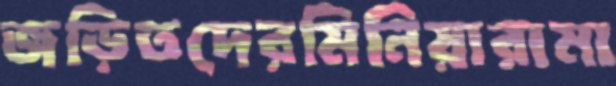
জড়িতদেরমিনিয়ারামা